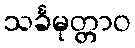
သင်္ခမုတ္တာဝ